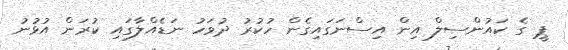
ޕީ ގެ ކައުންސިލް އިން އިސްނަގައިގެން ހުކުރު ދުވަހު ނަޑެއްލާގައި ކުރަން އުޅުނު